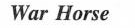
War Horse